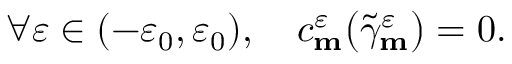
\forall \varepsilon \in ( - \varepsilon _ { 0 } , \varepsilon _ { 0 } ) , \quad c _ { \mathbf { m } } ^ { \varepsilon } \big ( \widetilde { \gamma } _ { \mathbf { m } } ^ { \varepsilon } \big ) = 0 .